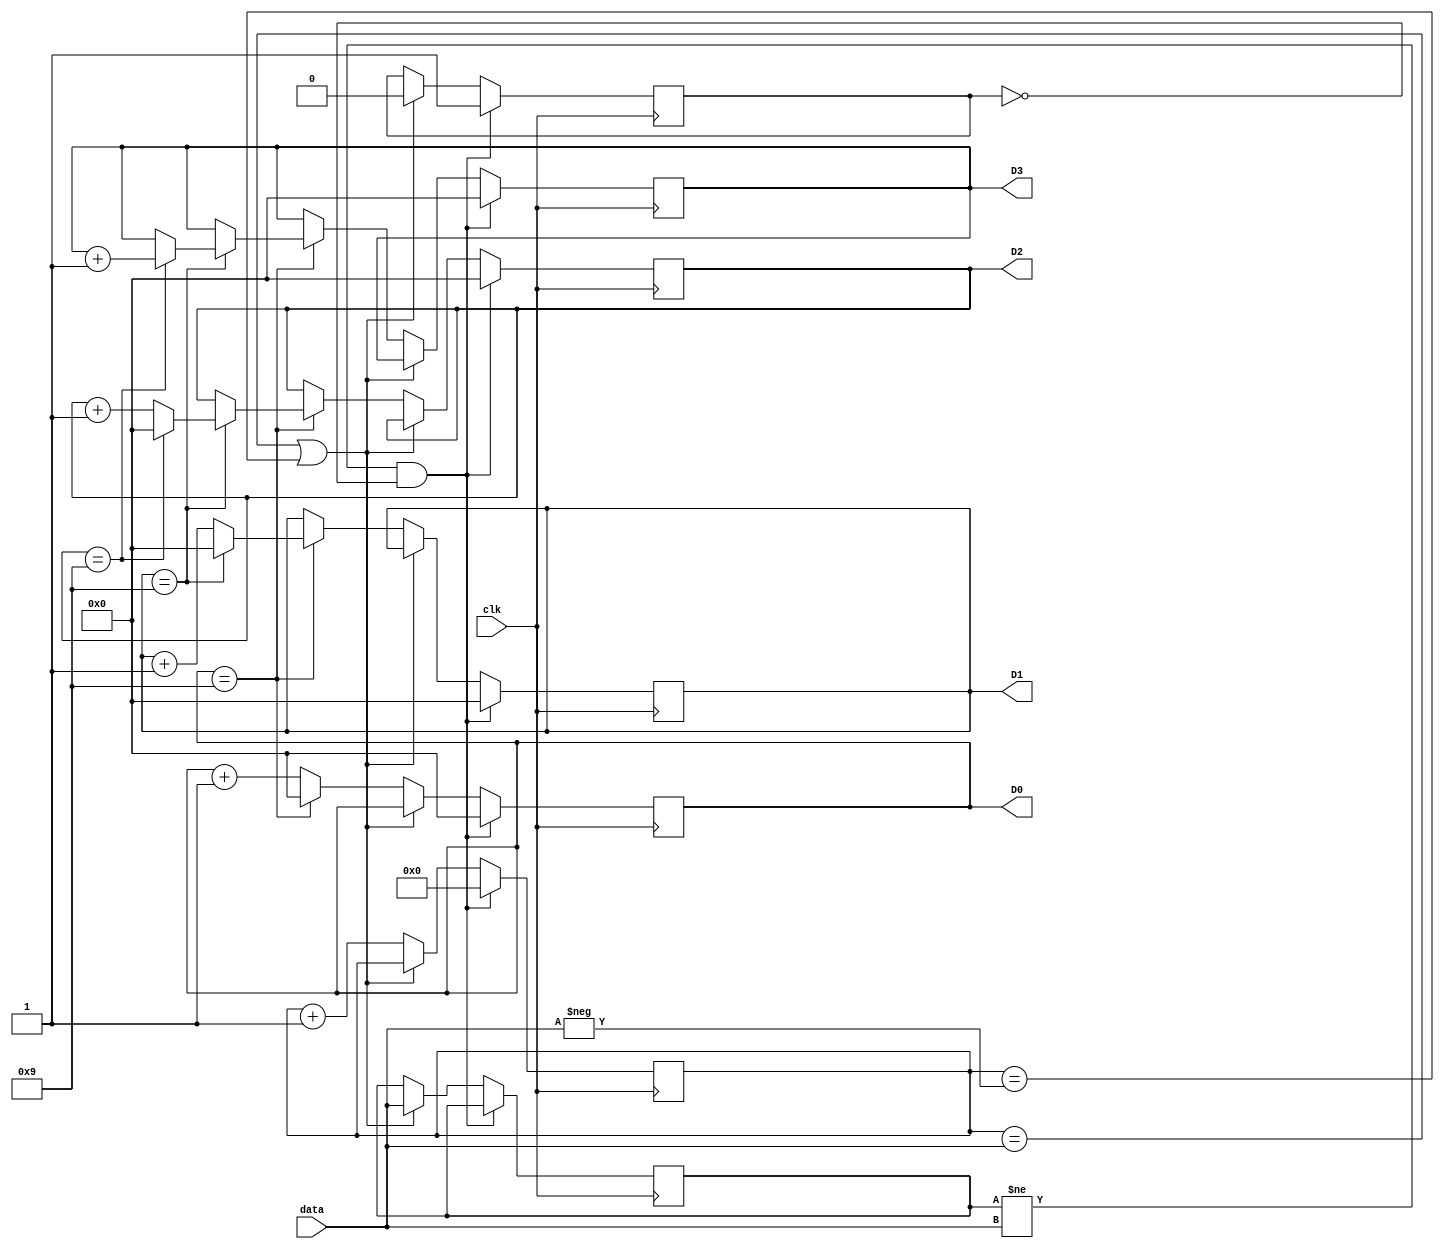
`timescale 1ns / 1ps
//////////////////////////////////////////////////////////////////////////////////
// Company: 
// Engineer: 
// 
// Design Name: 
// Module Name: numberCounter
// Project Name: 
// Target Devices: 
// Tool Versions: 
// Description: 
// 
// Dependencies: 
// 
// Revision:
// Revision 0.01 - File Created
// Additional Comments:
// 
//////////////////////////////////////////////////////////////////////////////////


module numberCounter(input clk,input [15:0]data,output[3:0]D3,D2,D1,D0);

reg [15:0] counter,prevData;
reg [3:0] ones,tens,hundreds,thousands;
reg start=0;

always@(posedge clk) begin
    if(prevData!=data&&!start)begin
        counter <= 0;
        ones <= 0;
        tens <= 0;
        hundreds <= 0;
        thousands <= 0;
        start<=1;
    end
    else if(counter==data||counter==-data) begin
        prevData<=data;
        start<=0;
    end
    else begin
        counter <= counter + 1;
        ones <= ones == 9 ? 0 : ones + 1;
        if(ones == 9) begin
            tens <= tens == 9 ? 0 : tens + 1;
            if(tens == 9) begin
                hundreds <= hundreds == 9 ? 0 : hundreds + 1;
                if(hundreds == 9) begin
                     thousands <= thousands + 1; 
                end
            end
        end
    end
end

assign D3 = thousands;
assign D2 = hundreds;
assign D1 = tens;
assign D0 = ones;

endmodule